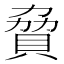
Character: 䝱